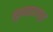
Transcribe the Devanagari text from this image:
खुशशाहालपुर